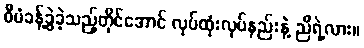
စီမံခန့်ခွဲခဲ့သည့်တိုင်အောင် လုပ်ထုံးလုပ်နည်းနဲ့ ညီရဲ့လား။